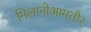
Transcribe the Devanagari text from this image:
मिलानोआमतौर